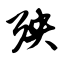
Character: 殃